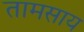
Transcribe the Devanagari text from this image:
तामसाय